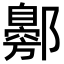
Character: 𬪟